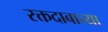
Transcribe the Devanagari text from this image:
रक्तदाबाच्या